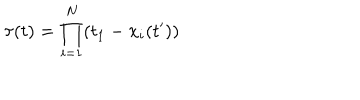
\tau ( t ) = \prod _ { i = 1 } ^ { N } ( t _ { 1 } - x _ { i } ( t ^ { \prime } ) )